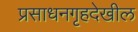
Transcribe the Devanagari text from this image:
प्रसाधनगृहदेखील